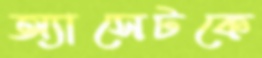
অ্যাসেটকে